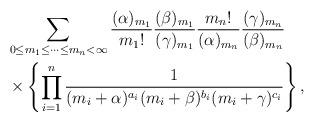
LaTeX: \begin{align*}\begin{aligned}&\sum_{0{\le}m_1{\le}\cdots{\le}m_n<\infty}\frac{(\alpha)_{m_1}}{{m_1}!}\frac{(\beta)_{m_1}}{(\gamma)_{m_1}}\frac{{m_n}!}{(\alpha)_{m_n}}\frac{(\gamma)_{m_{n}}}{(\beta)_{m_n}}\\&\times\left\{\prod_{i=1}^{n}\frac{1}{(m_i+\alpha)^{a_i}(m_i+\beta)^{b_i}(m_i+\gamma)^{c_i}}\right\},\end{aligned}\end{align*}